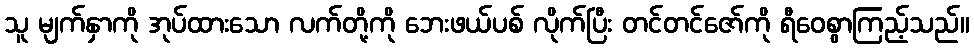
သူ မျက်နှာကို အုပ်ထားသော လက်တို့ကို ဘေးဖယ်ပစ် လိုက်ပြီး တင်တင်ဇော်ကို ရီဝေစွာကြည့်သည်။